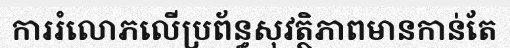
ការរំលោភលើប្រព័ន្ធសុវត្ថិភាពមានកាន់តែ